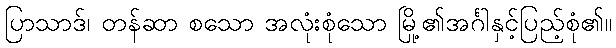
ပြာသာဒ်၊ တန်ဆာ စသော အလုံးစုံသော မြို့၏အင်္ဂါနှင့်ပြည့်စုံ၏။